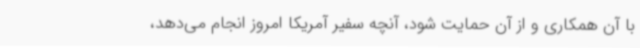
با آن همکاری و از آن حمایت شود، آنچه سفیر آمریکا امروز انجام می‌دهد،